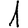
Digit: 1